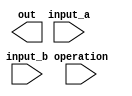
/* descrio */
module alu_flt_ar #(
    parameter WORDSIZE = 64            /* define o tamanho da palavra */
) (
    input wire [WORDSIZE-1:0] input_a,  /* primeiro valor da operao */  
    input wire [WORDSIZE-1:0] input_b,  /* segundo valor da operao */
    input wire [5:0] operation,         /* operao a ser realizada */
    output wire [WORDSIZE-1:0] out  /* outputs */
);
    localparam
        /* operaes aritmticas sobre ponto flutuante (FLT_AR) */
        op_flt_ar_add = 6'b01_0000, /* (FLT_AR) a + b */
        op_flt_ar_sub = 6'b01_0001, /* (FLT_AR) a - b */
        op_flt_ar_neg = 6'b01_0010; /* (FLT_AR) ~a */

endmodule